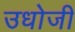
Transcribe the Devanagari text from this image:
उधोजी